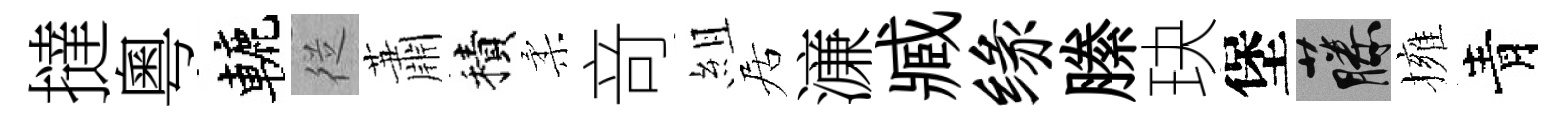
撻粵轆従蕭積柔竒組居濓臧缘縢玦堡藤擁青